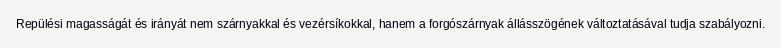
Repülési magasságát és irányát nem szárnyakkal és vezérsíkokkal, hanem a forgószárnyak állásszögének változtatásával tudja szabályozni.